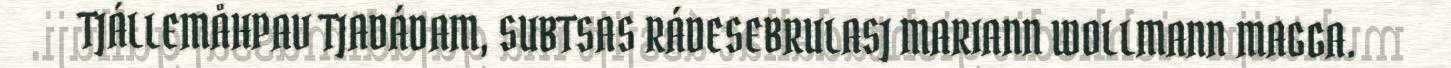
TJÁLLEMÅHPAV TJADÁDAM, SUBTSAS RÁDESEBRULASJ MARIANN WOLLMANN MAGGA.